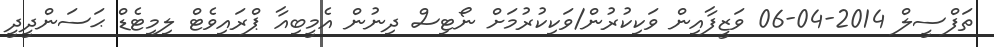
ތަފްސީލް 2014-04-06 ވަޒީފާއިން ވަކިކުރުން/ވަކިކުރުމަށް ނޯޓިސް ދިނުން އެމީބިއާ ޕްރައިވެޓް ލިމިޓެޑް ޙަސަންދީދީ